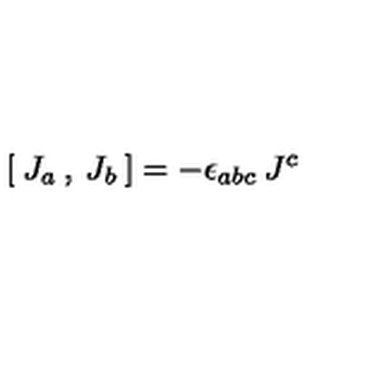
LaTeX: [ \: J _ { a \: } , \: J _ { b } \: ] = - \epsilon _ { a b c } \: J ^ { c }